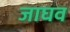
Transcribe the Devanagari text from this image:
जाघव